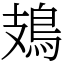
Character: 鳷